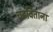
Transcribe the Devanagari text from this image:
चढविताना